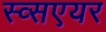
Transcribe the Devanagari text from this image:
स्व्सएयर